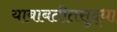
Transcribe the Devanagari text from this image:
याबाबतीतसुद्‌धा